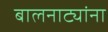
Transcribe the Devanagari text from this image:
बालनाट्यांना